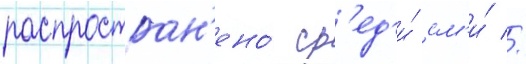
распростран'ено́ ср'ед'и́ см'и́ //